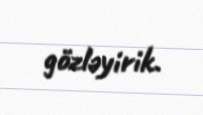
gözləyirik.